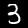
Label: 3